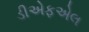
ડીએફએલ